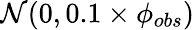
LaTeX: \mathcal{N}(0,0.1\times\phi_{obs})